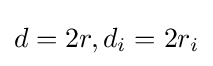
d=2r,d_{i}=2r_{i}